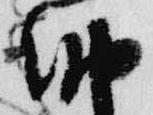
納